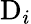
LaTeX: \mathrm{D}_{i}